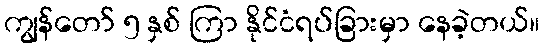
ကျွန်တော် ၅ နှစ် ကြာ နိုင်ငံရပ်ခြားမှာ နေခဲ့တယ်။